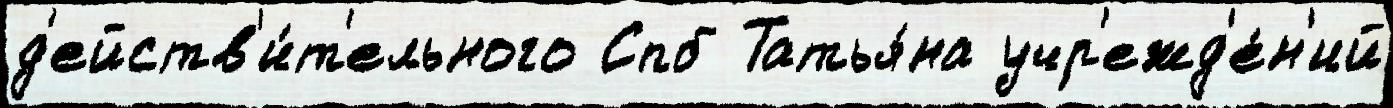
д'ейств'и́т'ельного Спб Татья́на учр'ежд'е́н'ий